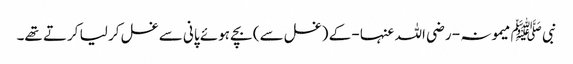
نبی ﷺ میمونہ - رضی اللہ عنہا - کے (غسل سے) بچے ہوئے پانی سے غسل کر لیا کرتے تھے۔